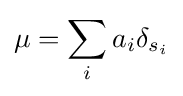
\mu =\sum _{i}a_{i}\delta _{s_{i}}